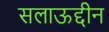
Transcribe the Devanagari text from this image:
सलाऊद्दीन